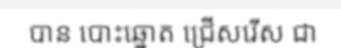
បាន បោះឆ្នោត ជ្រើសរើស ជា